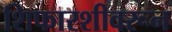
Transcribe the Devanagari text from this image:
शिफारशीवरून